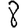
Digit: 8